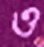
ও